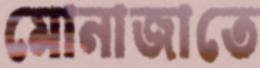
মোনাজাতে